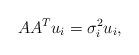
LaTeX: \begin{align*}AA^Tu_i=\sigma_i^2u_i,\end{align*}